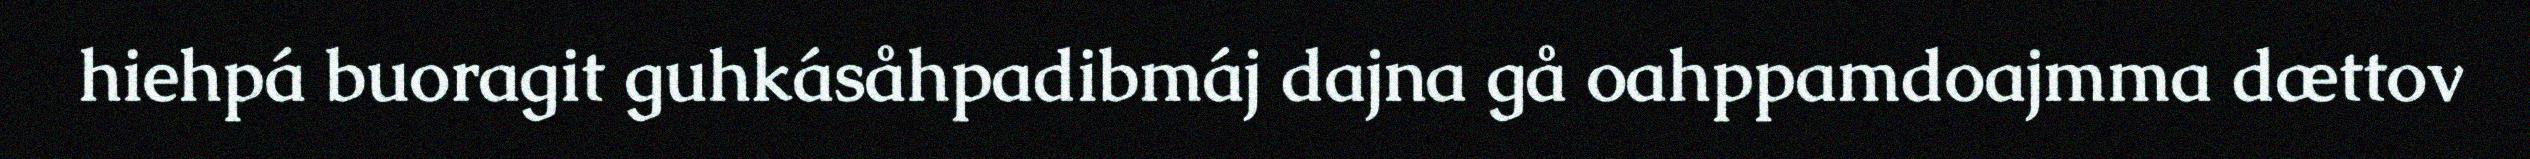
hiehpá buoragit guhkásåhpadibmáj dajna gå oahppamdoajmma dættov